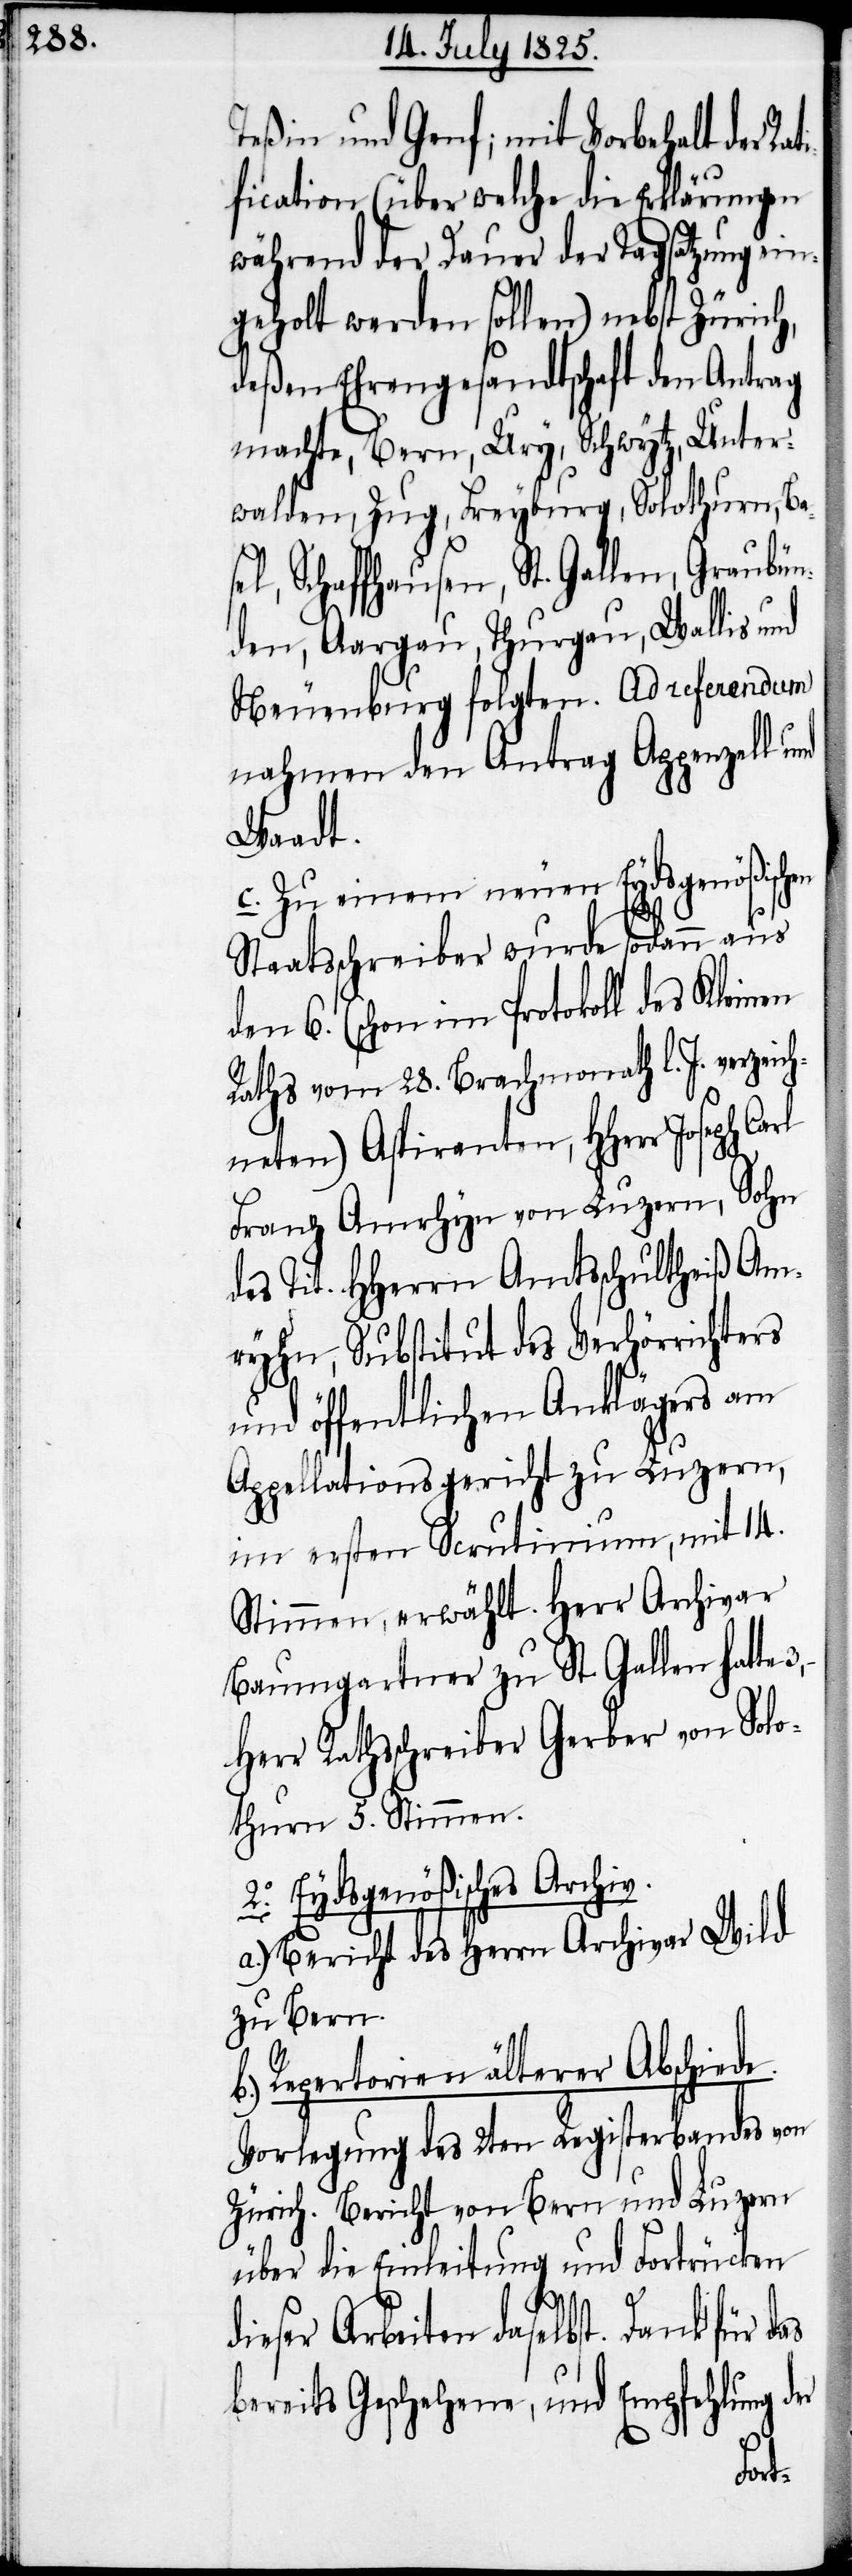
Teßin und Genf; mit Vorbehalt der Ra¬
fication (über welche die Erklärungen
während der Dauer der Tagsatzung ein¬
geholt werden sollen) nebst Zürich,
deßen Ehrengesandtschaft den Antrag
machte, Bern, Ury, Schwytz, Unter¬
walden, Zug, Freyburg, Solothurn, Bas¬
el, Schaffhausen, St. Gallen, Graubün¬
den, Aargau, Thurgau, Wallis und
Neuenburg folgten. Ad referendum
nahmen den Antrag Appenzell und
Waadt.
c. Zu einem neuen Eydsgenößischen
Staatsschreiber wurde sodann aus
den 6. (schon im Protokoll des Kleinen
Raths vom 28. Brachmonath l. J. verzeic¬
hneten) Aspiranten, HHerr Joseph
Franz Amrhyn von Luzern, Sohn
des Tit. HHerrn Amtsschultheiß Am¬
rhyn, Substitut des Verhörrichters
und öffentlichen Anklägers am
Appellationsgericht zu Luzern,
im ersten Scrutinium, mit 14.
Stimmen, erwählt. Herr Archivar
Baumgartner zu St. Gallen hatte
Herr Rathsschreiber Gerber von Solo¬
thurn 5. Stimmen.
2. Eydsgenößisches Archiv.
a.) Bericht des Herrn Archivar Wild
zu Bern.
Repertorien älterer Abschiede.
Vorlegung 2ten Registerbandes von
Zürich. Bericht von Bern und Luzern
über die Einleitung und Fortrücken
ieser Arbeiten daselbst. Dank für
bereits Geschehene, und Empfehlung der
d¬